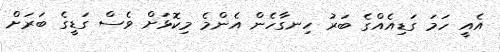
އެއީ ހަމަ ގަޑިއެއްގެ ބަރު ހިނގާހެން އެންމެ މިކޮޅަށް ވެސް ގަޑީގެ ބަރަށް